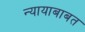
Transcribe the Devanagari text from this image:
न्यायाबाबत